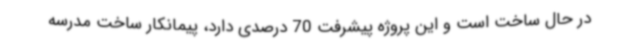
در حال ساخت است و این پروژه پیشرفت 70 درصدی دارد، پیمانکار ساخت مدرسه